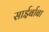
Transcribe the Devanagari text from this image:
साईर्बाबा